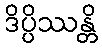
ဒိပ္ပိဿန္တိ